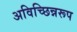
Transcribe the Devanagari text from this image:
अविच्छिन्नरूप